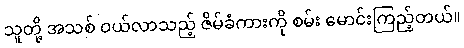
သူတို့ အသစ် ဝယ်လာသည့် ဇိမ်ခံကားကို စမ်း မောင်းကြည့်တယ်။